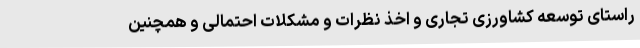
راستای توسعه کشاورزی تجاری و اخذ نظرات و مشکلات احتمالی و همچنین